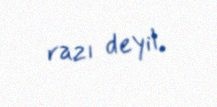
razı deyil.